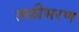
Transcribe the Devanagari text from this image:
तळीभरण